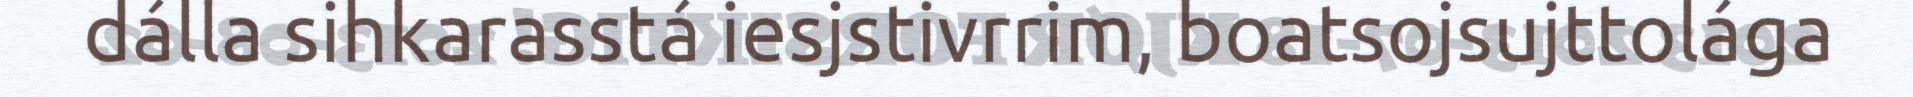
dálla sihkarasstá iesjstivrrim, boatsojsujttolága